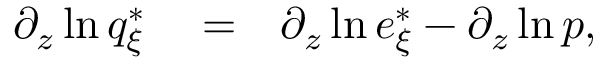
\begin{array} { r l r } { \partial _ { z } \ln q _ { \xi } ^ { * } } & { { } = } & { \partial _ { z } \ln e _ { \xi } ^ { * } - \partial _ { z } \ln p , } \end{array}